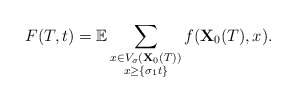
\begin{align*}F(T, t) = \mathbb{E}\sum_{\substack{x \in V_{\sigma} (\mathbf{X}_0(T))\\x \geq \{\sigma_1 t\}}} f(\mathbf{X}_0(T), x).\end{align*}